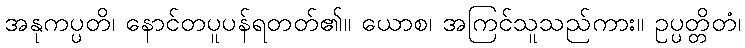
အနုကပ္ပတိ၊ နောင်တပူပန်ရတတ်၏။ ယောစ၊ အကြင်သူသည်ကား။ ဥပ္ပတ္တိတံ၊